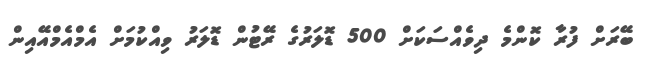
ބޭރަށް ފުރާ ކޮންމެ ދިވެއްސަކަށް 500 ޑޮލަރުގެ ރޭޓުން ޑޮލަރު ވިއްކުމަށް އެމްއެމްއޭއިން